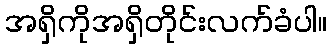
အရှိကိုအရှိတိုင်းလက်ခံပါ။